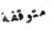
متوقفة